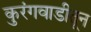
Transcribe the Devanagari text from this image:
कुरंगवाडीतून